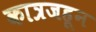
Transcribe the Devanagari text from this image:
कात्रजहून